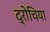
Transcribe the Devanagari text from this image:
द्रोचिया